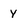
Character: Y